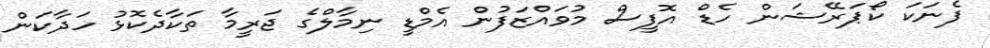
ފެނަކަ ކޯޕަރޭޝަން ހެޑް އޮފީސް މުވައްޒަފުން އެމްޑީ ނިމާލްގެ ޖަރީމާ ތަކާދެކޮޅު ހަދާކަން